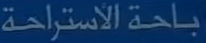
باحة الاستراحة